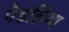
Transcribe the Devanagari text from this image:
पैडलिया